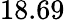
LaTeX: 18.69